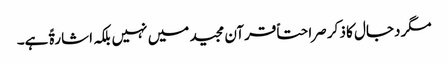
مگر دجال کا ذکر صراحتاً قرآن مجید میں نہیں بلکہ اشارۃً ہے۔